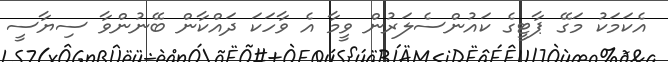
އެކަމަކު މަގޭ ޕާޓީގެ ކައުންސެލަރުން ވީމާ އެ ވާހަކަ ދައްކާން ބޭނުންވާ ސިޔާސީ